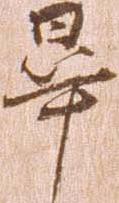
畢